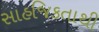
સાહજિકતાથી